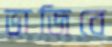
ভাজিবে